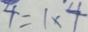
4 = 1 \times 4